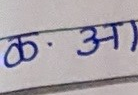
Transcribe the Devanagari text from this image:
क. अ)